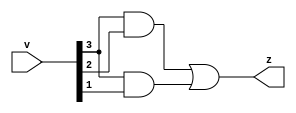
`timescale 1ns / 1ps
//////////////////////////////////////////////////////////////////////////////////
// Company: 
// Engineer: 
// 
// Design Name: 
// Module Name: comparator
// Project Name: 
// Target Devices: 
// Tool Versions: 
// Description: 
// 
// Dependencies: 
// 
// Revision:
// Revision 0.01 - File Created
// Additional Comments:
// 
//////////////////////////////////////////////////////////////////////////////////


module comparator(v,z);

input [3:0]v;
output z;

assign z = (v[3]&v[2]) | (v[3]&v[1]);


endmodule